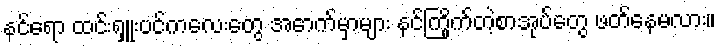
နင်ရော ထင်းရှူးပင်ကလေးတွေ အောက်မှာများ နင်ကြိုက်တဲ့စာအုပ်တွေ ဖတ်နေမလား။